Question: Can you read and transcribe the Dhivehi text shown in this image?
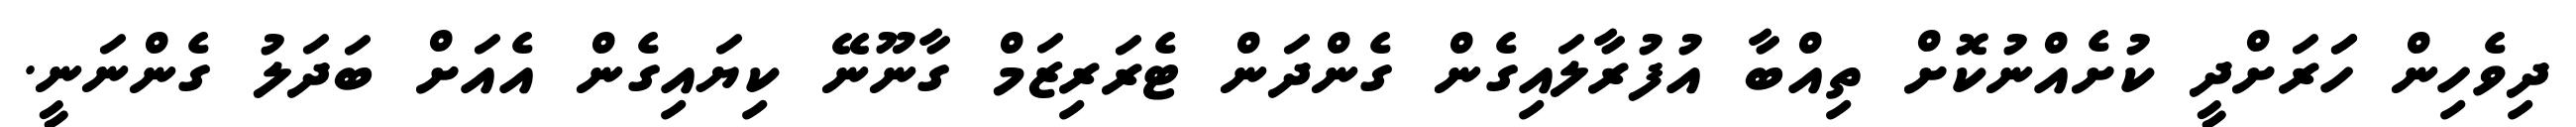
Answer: ދިވެހިން ހަަރަށްދީ ކުށެއްނުކޮށް ތިއްބާ އުފުރާލައިގެން ގެންދަން ޓެރަރިޒަމް ގާނޫނޭ ކިޔައިގެން އެއަށް ބަދަލު ގެންނަނީ.